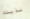
لذيذه